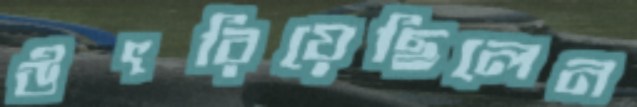
উৎরিয়েছিলেন